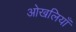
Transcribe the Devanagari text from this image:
ओखलियाँ